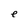
Character: e